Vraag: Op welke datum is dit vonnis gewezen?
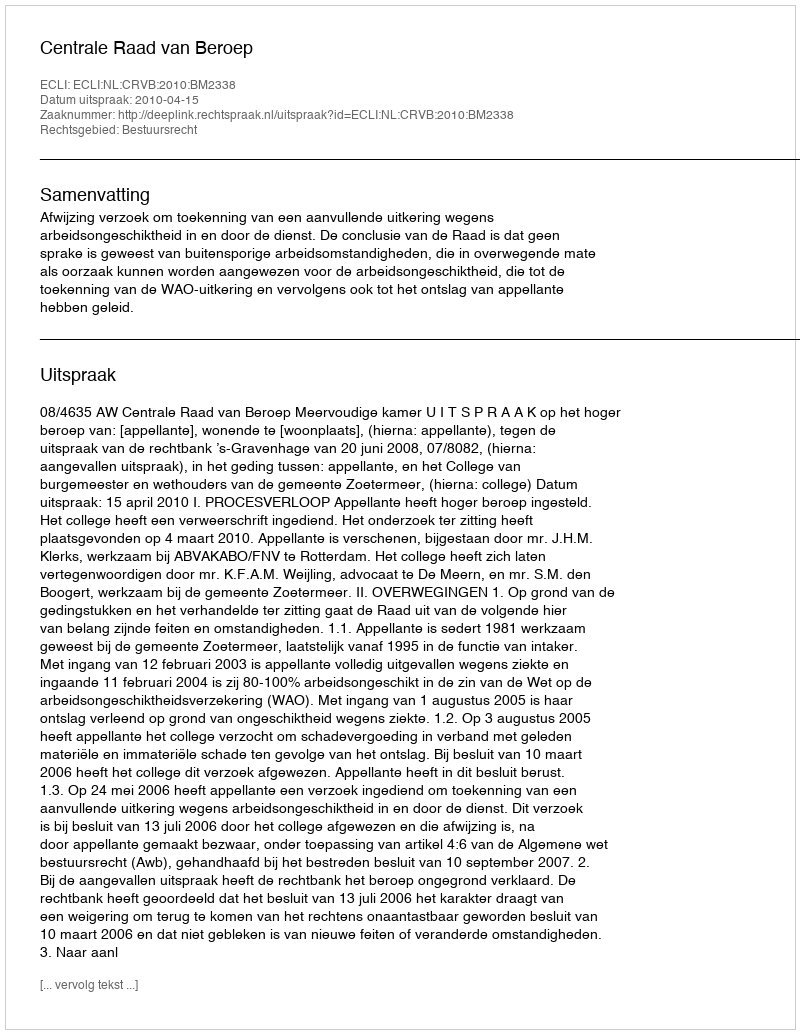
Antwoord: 2010-04-15